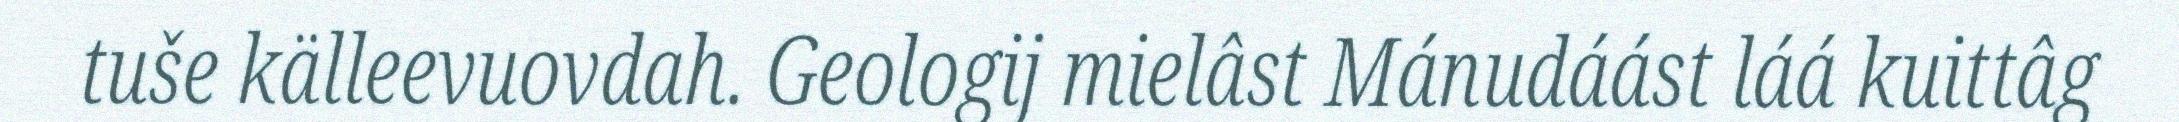
tuše källeevuovdah. Geologij mielâst Mánudáást láá kuittâg